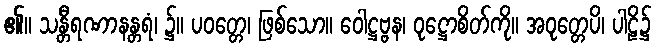
၏။ သန္တီရဏာနန္တရံ၊ ၌။ ပဝတ္တေ၊ ဖြစ်သော။ ဝေါဋ္ဌဗ္ဗန၊ ဝုဋ္ဌောစိတ်ကို။ အဝုတ္တေပိ၊ ပါဠိ၌